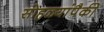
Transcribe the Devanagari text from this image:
सोहळ्यांपैकी